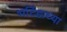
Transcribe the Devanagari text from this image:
भटिंडाच्या